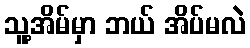
သူ့အိမ်မှာ ဘယ် အိပ်မလဲ